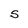
Character: S